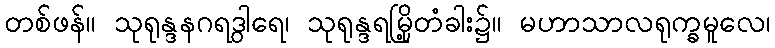
တစ်ဖန်။ သုရုန္ဒနဂရဒွါရေ၊ သုရုန္ဒရမြို့တံခါး၌။ မဟာသာလရုက္ခမူလေ၊